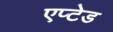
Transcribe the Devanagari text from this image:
एप्टेड